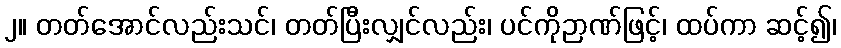
၂။ တတ်အောင်လည်းသင်၊ တတ်ပြီးလျှင်လည်း၊ ပင်ကိုဉာဏ်ဖြင့်၊ ထပ်ကာ ဆင့်၍၊